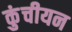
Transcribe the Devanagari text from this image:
कुंचीयन